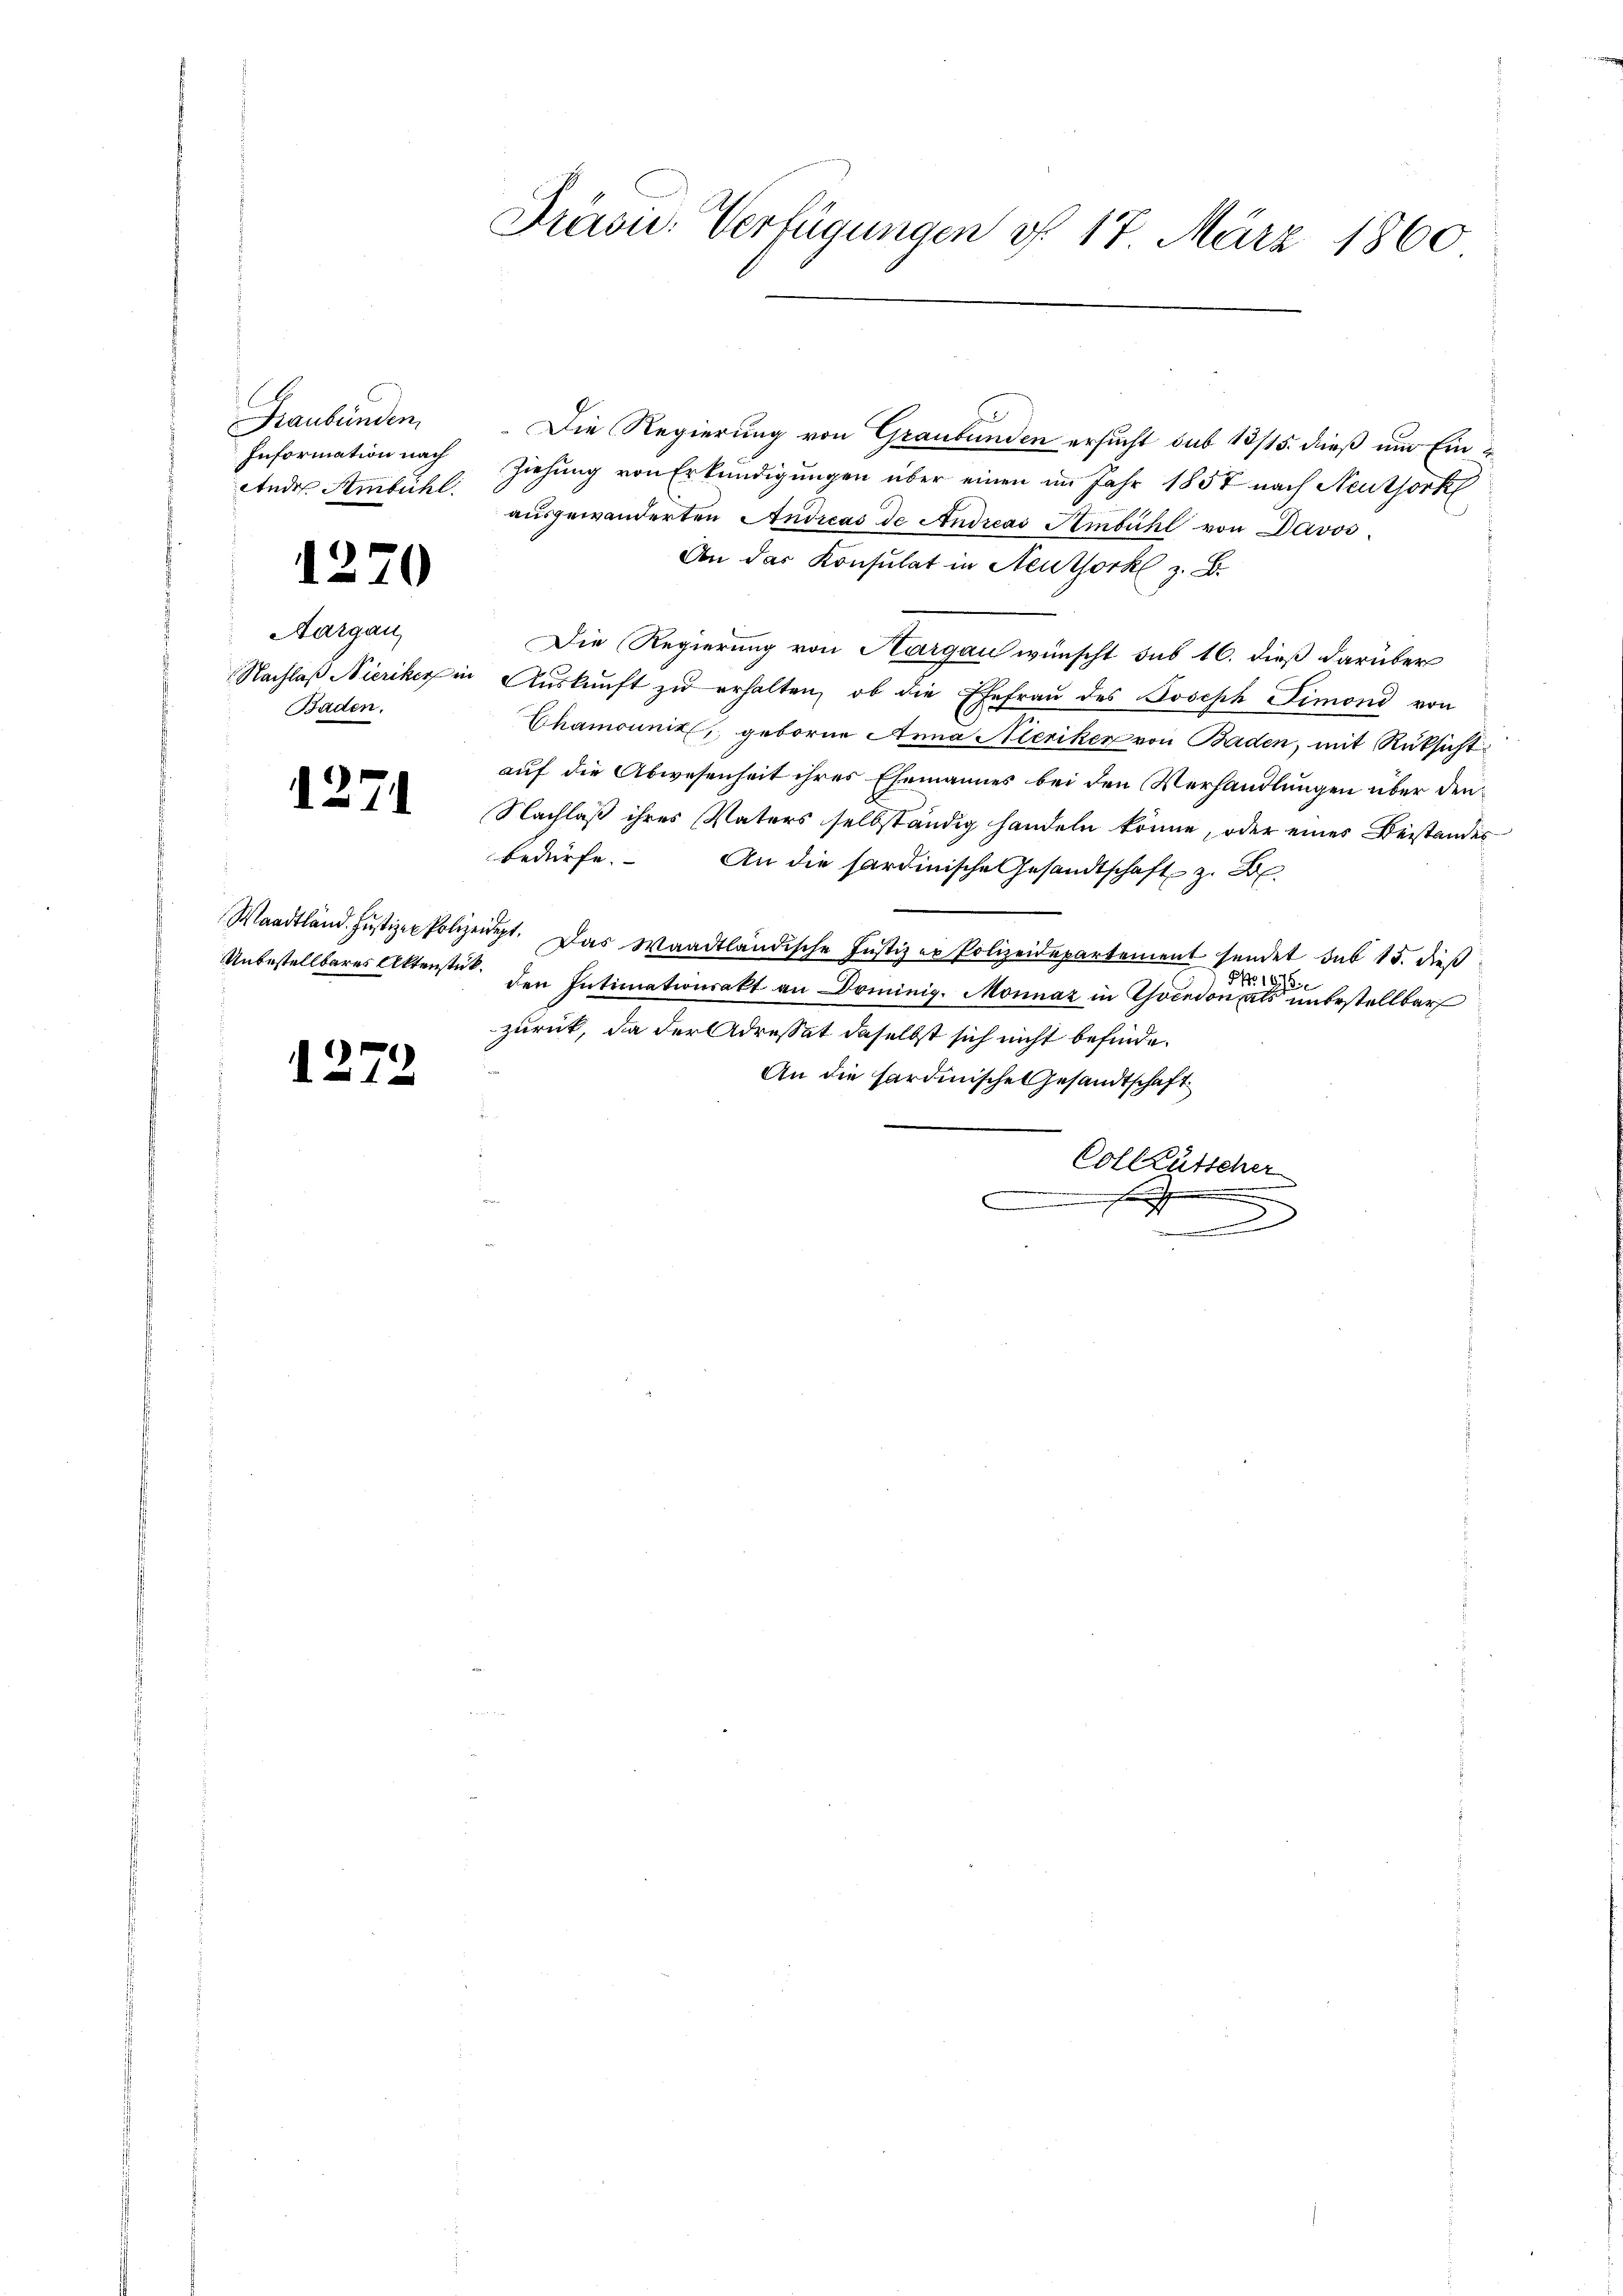
Graubünden.
Information nach
Ander Ambühl

1

370

Aargau,
Nachlaß Nieriker in
Baden.

1271

Waadtländ. Justizen Polizei
Unbestellbares Aktenstück

)
1

Präsu. Verfügungen d. 17 März 1860

Die Regierung von Graubünden ersucht sub 13/15. dieß um Ein¬
Ziehung von Erkundigungen über einen im Jahr 1857 nach Neuthork
ausgewanderten Andreas de Andreas Ambühl von Davos
An das Konsulat in Neuthork z. B.
Die Regierung von Aargau wünscht sub 16. dieß darüber
Aŭskŭnft zŭ erhalten, ob die Ehefraŭ des Joseph Simoni von
Chamounik, geborne Anna Meriker von Baden, mit Rüksicht
auf die Abwesenheit ihres Ehemannes bei den Verhandlungen über den
Nachlaß ihres Vaters selbständig handeln könne, oder eines Beistandes
bedürfe.
An die sardinische Gesandtschaft z. B
ügt. Das Waadtländische Justiz er Polizeidepartement sendet sub 15. dieß
No. 1878.
den Intimationsakt an Dominig. Monnaz in Thöcedon als unbestellbar
zurück, da der Adresset daselbst sich nicht befinde.
e
An die Fardinische Gesandtschaft
Colleutscher
eesen sch
x